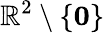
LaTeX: {\mathbb R}^{2}\setminus\{ {\mathbf 0}\}